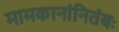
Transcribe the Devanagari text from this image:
मामकानांनितंबः